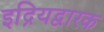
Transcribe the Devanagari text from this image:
इद्रियद्वारक